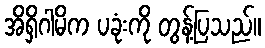
အိရှိဂါမိက ပခုံးကို တွန့်ပြသည်။